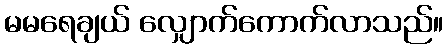
မမရေချယ် လျှောက်ကောက်လာသည်။